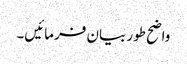
واضح طور بیان فرمائیں۔